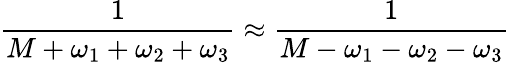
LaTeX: \frac{1}{M+\omega_{1}+\omega_{2}+\omega_{3}}\approx\frac{1}{M-\omega_{1}-\omega_{2}-\omega_{3}}